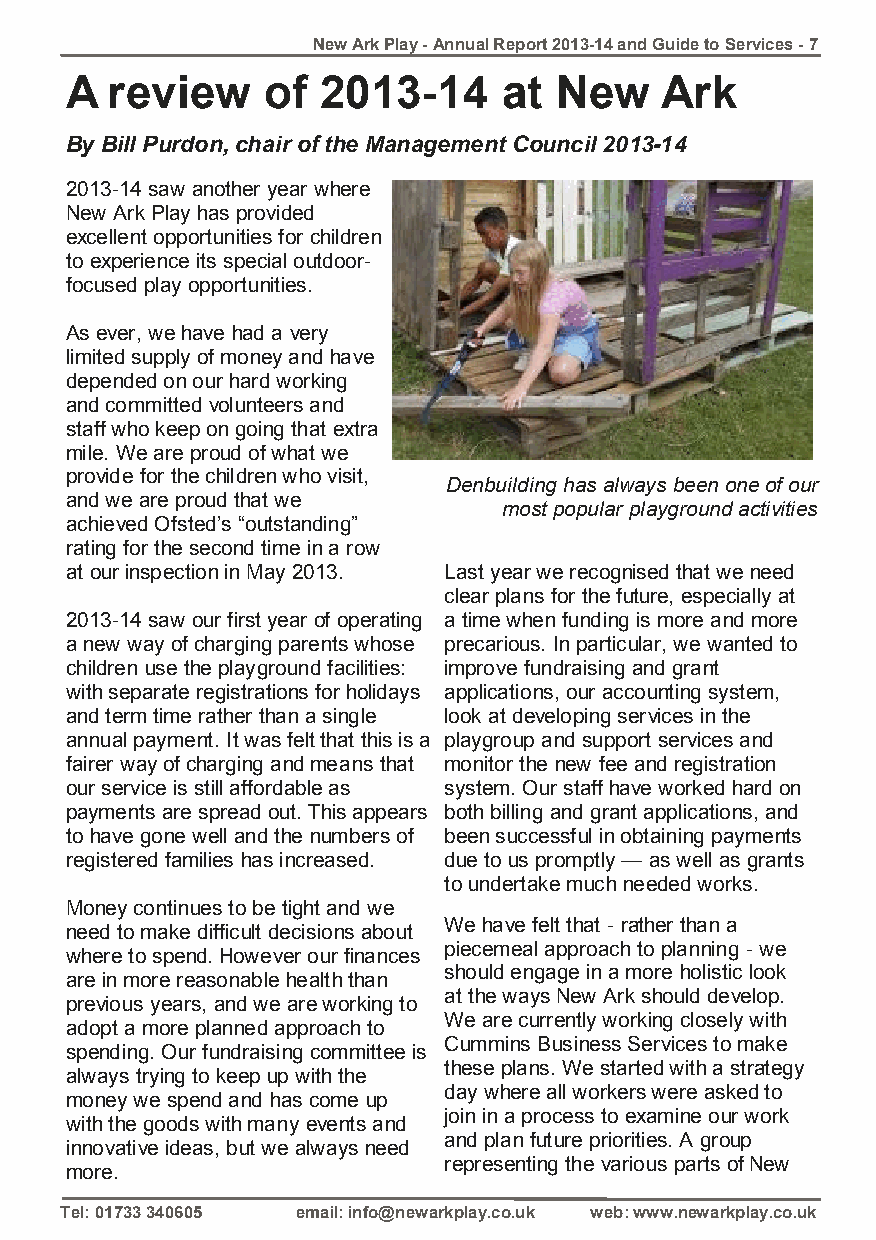
New Ark Play - Annual Report 2013-14 and Guide to Services - 7
 A  review     of 2013-14     at  New    Ark
 By Bill Purdon, chair of the Management Council 2013-14
 2013-14 saw another year where
 New Ark Play has provided
 excellent opportunities for children
 to experience its special outdoor-
 focused play opportunities.
 As ever, we have had a very
 limited supply of money and have
 depended on our hard working
 and committed volunteers and
 staff who keep on going that extra
 mile. We are proud of what we
 provide for the children who visit,
 Denbuilding has always been one of our
 and we are proud that we
 most popular playground activities
 achieved Ofsted’s “outstanding”
 rating for the second time in a row
 at our inspection in May 2013. Last year we recognised that we need
 clear plans for the future, especially at
 2013-14 saw our first year of operating a time when funding is more and more
 a new way of charging parents whose precarious. In particular, we wanted to
 children use the playground facilities: improve fundraising and grant
 with separate registrations for holidays applications, our accounting system,
 and term time rather than a single look at developing services in the
 annual payment. It was felt that this is a playgroup and support services and
 fairer way of charging and means that monitor the new fee and registration
 our service is still affordable as system. Our staff have worked hard on
 payments are spread out. This appears both billing and grant applications, and
 to have gone well and the numbers of been successful in obtaining payments
 registered families has increased. due to us promptly — as well as grants
 to undertake much needed works.
 Money continues to be tight and we
 We have felt that - rather than a
 need to make difficult decisions about
 piecemeal approach to planning - we
 where to spend. However our finances
 should engage in a more holistic look
 are in more reasonable health than
 at the ways New Ark should develop.
 previous years, and we are working to
 We are currently working closely with
 adopt a more planned approach to
 Cummins Business Services to make
 spending. Our fundraising committee is
 these plans. We started with a strategy
 always trying to keep up with the
 day where all workers were asked to
 money we spend and has come up
 join in a process to examine our work
 with the goods with many events and
 and plan future priorities. A group
 innovative ideas, but we always need
 representing the various parts of New
 more.
 Tel: 01733 340605 email: info@newarkplay.co.uk web: www.newarkplay.co.uk